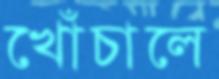
খোঁচালে